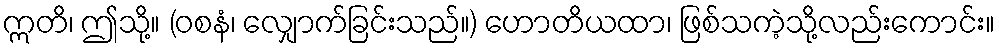
ဣတိ၊ ဤသို့။ (ဝစနံ၊ လျှောက်ခြင်းသည်။) ဟောတိယထာ၊ ဖြစ်သကဲ့သို့လည်းကောင်း။